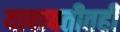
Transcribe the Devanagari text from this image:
याबाबतीतही